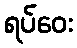
ရပ်ဝေး